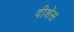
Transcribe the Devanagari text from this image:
दीशेस